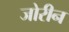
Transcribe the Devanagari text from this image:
जोरीन